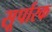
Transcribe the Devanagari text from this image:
सूर्पारक